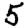
Digit: 5